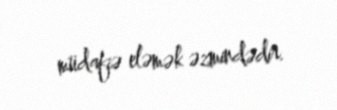
müdafiə eləmək əzmindədir.